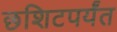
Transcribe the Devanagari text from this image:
छशिटपर्यंत